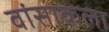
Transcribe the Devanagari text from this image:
वांसाकला